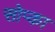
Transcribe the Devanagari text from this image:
सोप्का